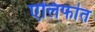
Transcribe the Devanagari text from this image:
एलिफांत